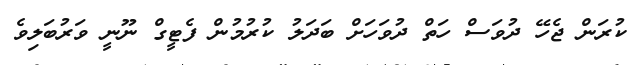
ކުރަން ޖެހޭ ދުވަސް ހަތް ދުވަހަށް ބަދަލު ކުރުމުން ފެޓީގް ނޫނީ ވަރުބަލިވެ